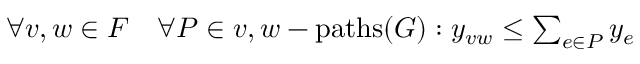
\begin{array} { r } { \forall v , w \in F \quad \forall P \in v , w - \mathrm { p a t h s } ( G ) : y _ { v w } \leq \sum _ { e \in P } y _ { e } } \end{array}